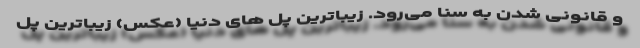
و قانونی شدن به سنا می‌رود. زیباترین پل های دنیا (عکس) زیباترین پل